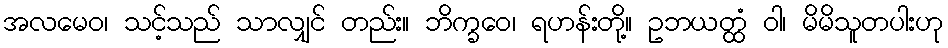
အလမေဝ၊ သင့်သည် သာလျှင် တည်း။ ဘိက္ခဝေ၊ ရဟန်းတို့။ ဥဘယတ္ထံ ဝါ၊ မိမိသူတပါးဟု